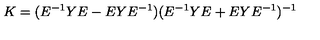
K = ( E ^ { - 1 } Y E - E Y E ^ { - 1 } ) ( E ^ { - 1 } Y E + E Y E ^ { - 1 } ) ^ { - 1 }